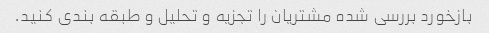
بازخورد بررسی شده مشتریان را تجزیه و تحلیل و طبقه بندی کنید.